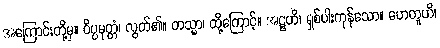
အကြောင်းတို့မှ။ ဝိပ္ပမုတ္တံ၊ လွတ်၏။ တသ္မာ၊ ထို့ကြောင့်။ အဋ္ဌဟိ၊ ရှစ်ပါးကုန်သော။ ဟေတူဟိ၊